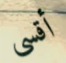
أقسى